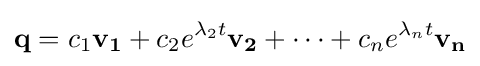
\mathbf {q} =c_{1}\mathbf {v_{1}} +c_{2}e^{\lambda _{2}t}\mathbf {v_{2}} +\cdots +c_{n}e^{\lambda _{n}t}\mathbf {v_{n}}